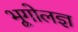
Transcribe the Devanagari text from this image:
भूगोलज्ञ